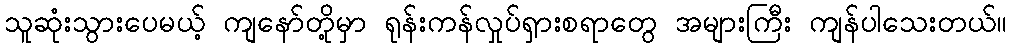
သူဆုံးသွားပေမယ့် ကျနော်တို့မှာ ရုန်းကန်လှုပ်ရှားစရာတွေ အများကြီး ကျန်ပါသေးတယ်။